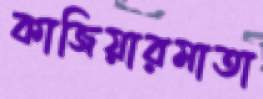
কাজিয়ারমাতা